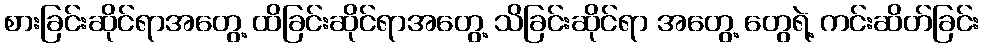
စားခြင်းဆိုင်ရာအတွေ့ ထိခြင်းဆိုင်ရာအတွေ့ သိခြင်းဆိုင်ရာ အတွေ့ တွေရဲ့ ကင်းဆိတ်ခြင်း